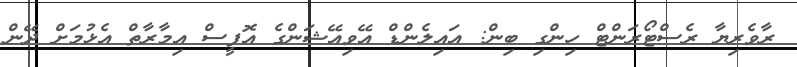
ރާވެރިޔާ ރެސްޓޯރަންޓް ހިންގި ބިން: އައިލެންޑް އޭވިއޭޝަންގެ އޮފީސް އިމާރާތް އެޅުމަށް ދޭން